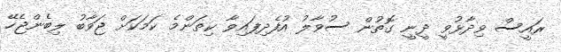
ރައީސް ވިދާޅުވީ ދީނީ ގޮތުން ސުވާލު އުފެދިފައިވާ ކިތަންމެ ކަމަކަށް ޖަވާބު ލިބެންޖެހޭ